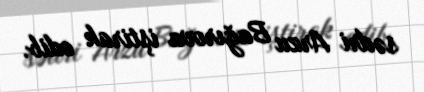
sədri Arzu Bağırova iştirak edib.